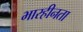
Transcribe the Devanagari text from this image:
भारहीनता